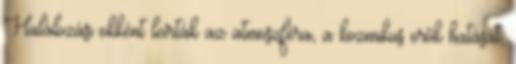
Halálozási okként leírták az atmoszféra, a kozmikus erők hatását,